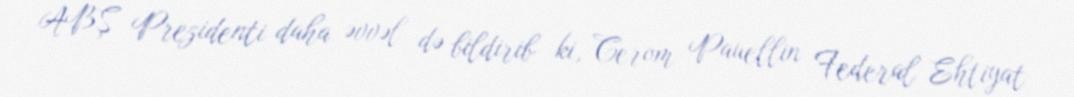
ABŞ Prezidenti daha əvvəl də bildirib ki, Cerom Pauellin Federal Ehtiyat